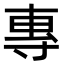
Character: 專